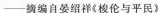
—摘编自晏绍祥《梭伦与平民》